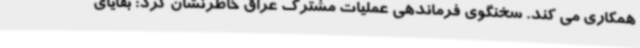
همکاری می کند. سخنگوی فرماندهی عملیات مشترک عراق خاطرنشان کرد: بقایای